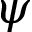
\psi